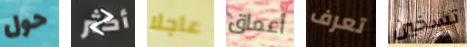
حول أكثر عاجلا أعماق تعرف تسخين